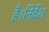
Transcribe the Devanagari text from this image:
है।निर्देश